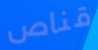
قناص